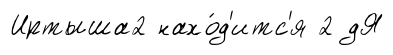
Иртыша2 нахо́д'итс'я 2 дЯ